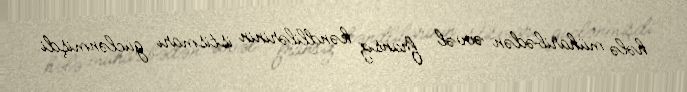
hələ müharibədən əvvəl fransız kəndlilərinin istismarı güclənmişdi.